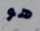
هو